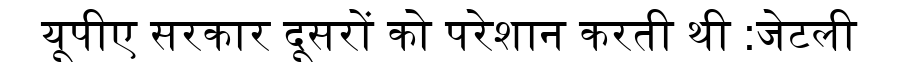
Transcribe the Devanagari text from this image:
यूपीए सरकार दूसरों को परेशान करती थी :जेटली